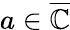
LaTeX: a\in{\overline{{\mathbb{C}}}}